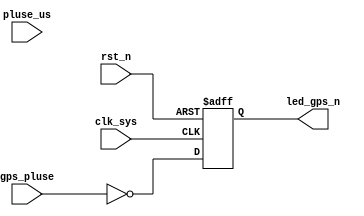
//led_gps.v


module led_gps(
led_gps_n,
gps_pluse,
//clk rst
clk_sys,
pluse_us,
rst_n
);
output 	led_gps_n;
input		gps_pluse;
//clk rst
input clk_sys;
input pluse_us;
input rst_n;
//------------------------------------
//------------------------------------

/*
reg gps_pluse_reg;
always @ (posedge clk_sys)	gps_pluse_reg <= gps_pluse;
wire gps_pluse_rasing;
*/
reg led_gps_n;
always @ (posedge clk_sys or negedge rst_n)	begin
	if(~rst_n)
		led_gps_n <= 1'b1;
	else 
		led_gps_n <= ~gps_pluse;
end


endmodule